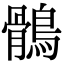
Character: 鶻